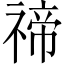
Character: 禘